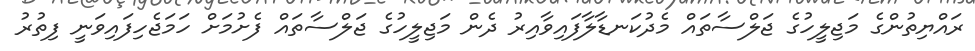
ރައްޔިތުންގެ މަޖިލީހުގެ ޖަލްސާތައް މެދުކަނޑާލާފައިވާއިރު ދެން މަޖިލީހުގެ ޖަލްސާތައް ފެށުމަށް ހަމަޖެހިފައިވަނީ ފިތުރު